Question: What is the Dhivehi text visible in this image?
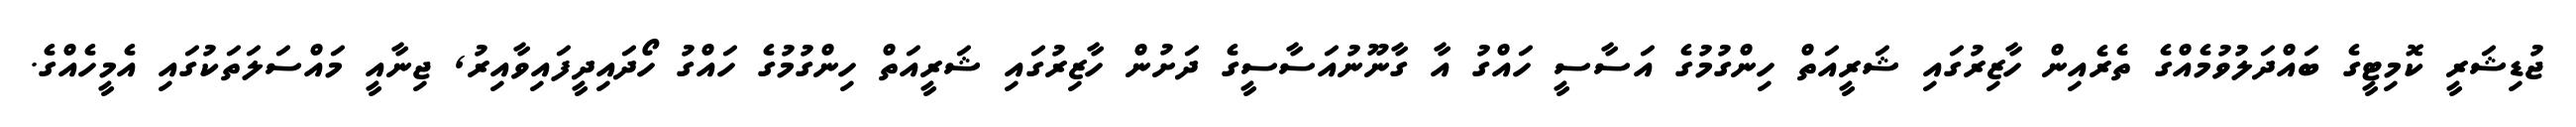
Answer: ޖުޑިޝަރީ ކޮމިޓީގެ ބައްދަލުވުމެއްގެ ތެރެއިން ހާޒިރުގައި ޝަރީއަތް ހިންގުމުގެ އަސާސީ ހައްގު އާ ގާނޫނުއަސާސީގެ ދަށުން ހާޒިރުގައި ޝަރީއަތް ހިންގުމުގެ ހައްގު ހޯދައިދީފައިވާއިރު, ޖިނާއީ މައްސަލަތަކުގައި އެމީހެއްގެ.